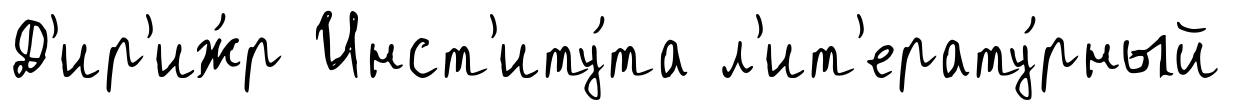
Д'ир'иж́р Инст'иту́та л'ит'ерату́рный